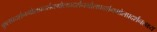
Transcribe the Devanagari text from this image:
कुलप्रदर्शनगोलप्रदर्शनगोलप्रदर्शनगोलप्रदर्शनगोलप्रदर्शनलक्ष्य